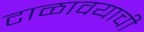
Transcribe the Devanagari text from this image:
टाळावयाची